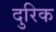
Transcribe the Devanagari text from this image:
दुरिक